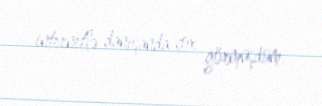
internetlə danışanda çox görmüşdüm.